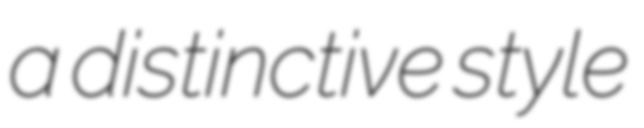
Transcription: a distinctive style